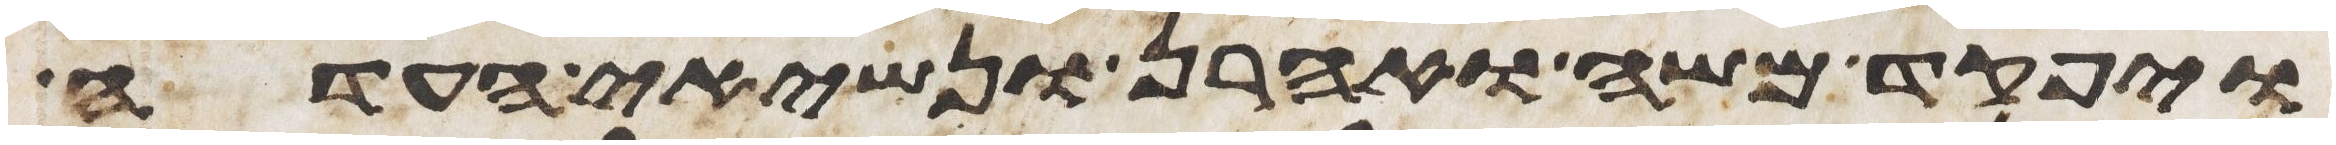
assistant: ויפקד משה ואהרן ונשיאי העדה